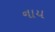
નાય